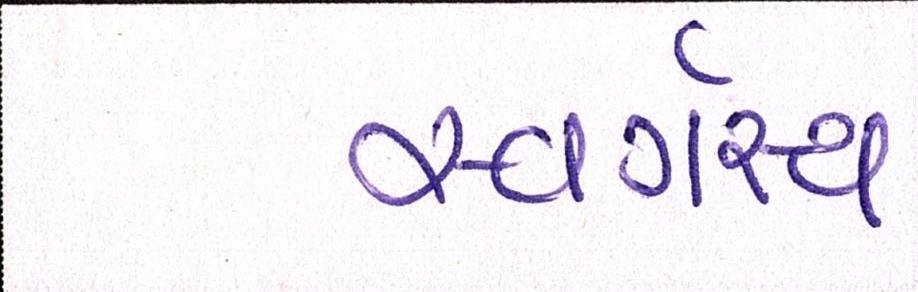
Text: સ્વર્ગસ્થ